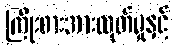
ကြိုးစားအားထုတ်မှုနှင့်